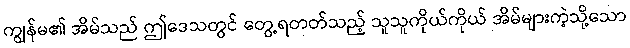
ကျွန်မ၏ အိမ်သည် ဤဒေသတွင် တွေ့ရတတ်သည့် သူသူကိုယ်ကိုယ် အိမ်များကဲ့သို့သော